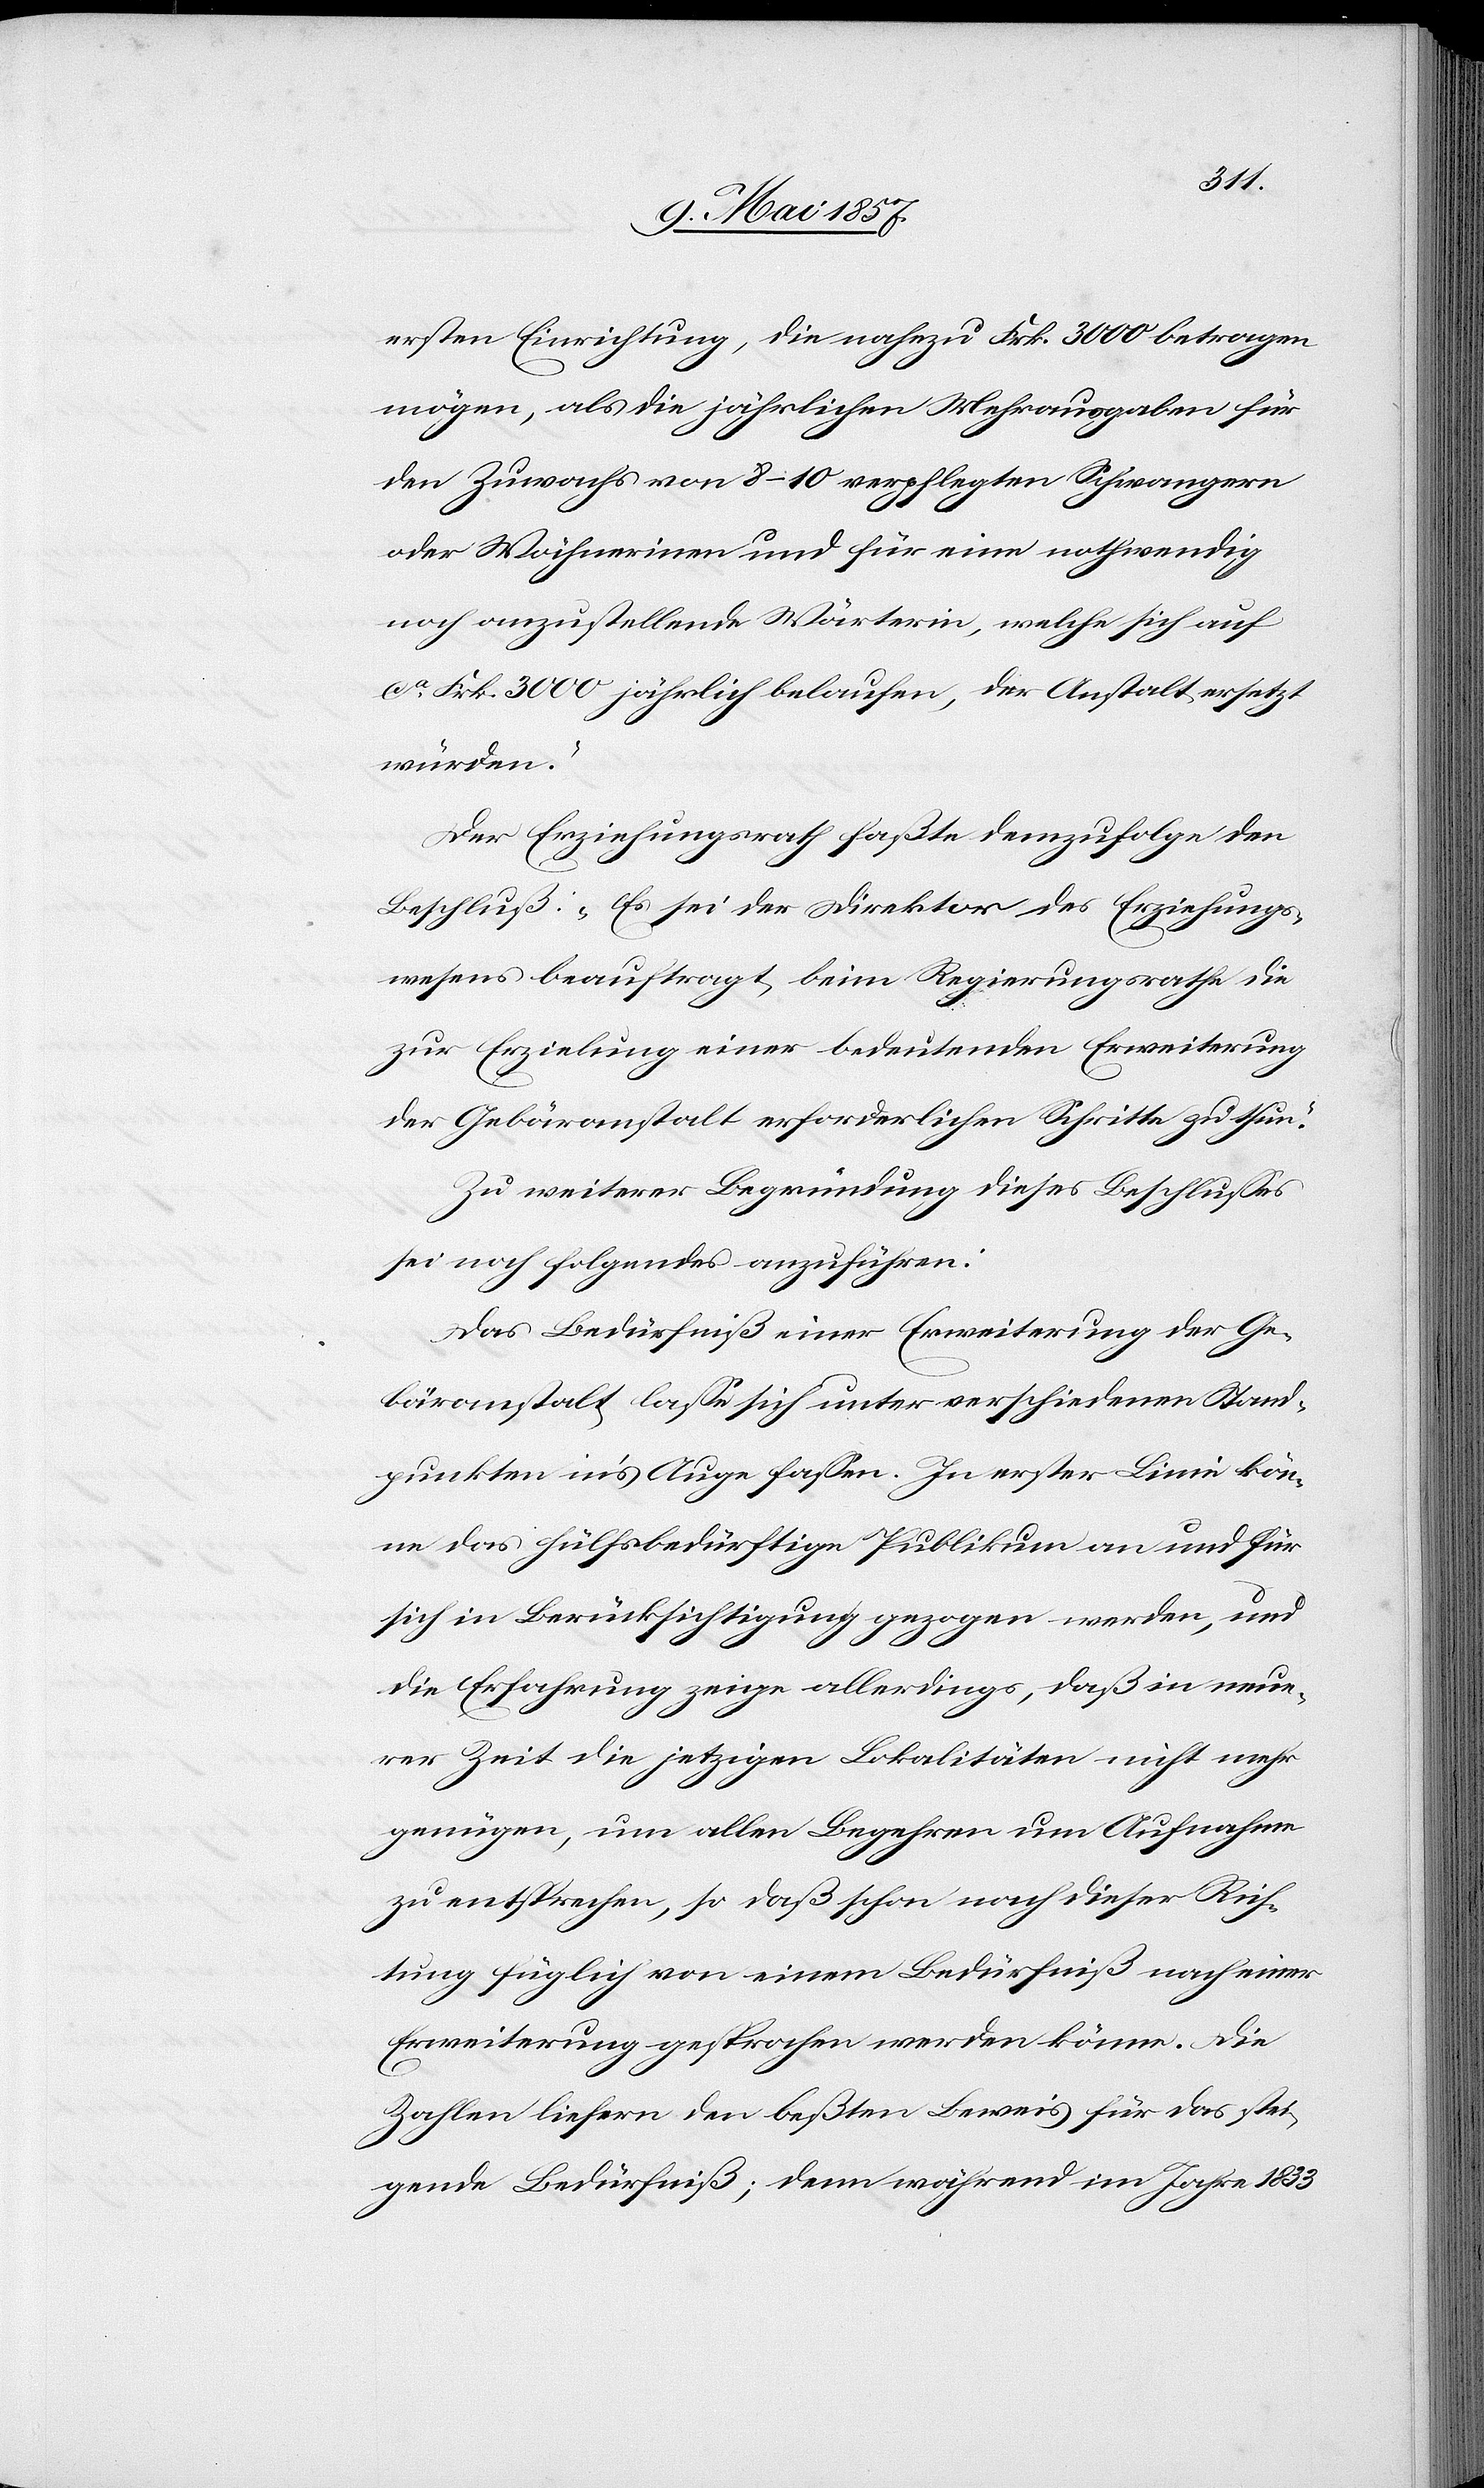
ersten Einrichtung, die nahezu Frk. 3000 betragen
mögen, als die jährlichen Mehrausgaben für
den Zuwachs von 8–10 verpflegten Schwangern
oder Wöchnerinen und für eine nothwendig
noch anzustellende Wärterin, welche sich auf
ca Frk. 3000 jährlich belaufen, der Anstalt ersetzt
würden.
Der Erziehungsrath faßte demzufolge den
Beschluß: „Es sei der Direktor des Erziehungs¬
wesens beauftragt beim Regierungsrathe die
zur Erzielung einer bedeutenden Erweiterung
der Gebäranstalt erforderlichen Schritte zu thun.“
Zu weiterer Begründung dieses Beschlusses
sei noch folgendes anzuführen:
Das Bedürfniß einer Erweiterung der Ge¬
bäranstalt lasse sich unter verschiedenen Stand¬
punkten in’s Auge fassen. In erster Linie kön¬
ne das hülfsbedürftige Publikum an und für
sich in Berücksichtigung gezogen werden, und
die Erfahrung zeige allerdings, daß in neue¬
rer Zeit die jetzigen Lokalitäten nicht mehr
genügen, um allen Begehren um Aufnahme
zu entsprechen, so daß schon nach dieser Rich¬
tung füglich von einem Bedürfniß nach einer
Erweiterung gesprochen werden könne. Die
Zahlen liefern den besten Beweis für das stei¬
gende Bedürfniß; denn während im Jahre 1833